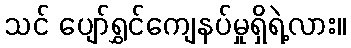
သင် ပျော်ရွှင်ကျေနပ်မှုရှိရဲ့လား။